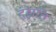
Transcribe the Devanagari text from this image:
दह्यति